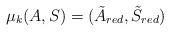
LaTeX: \begin{align*}\mu_k(A,S)=(\tilde A_{red},\tilde S_{red})\end{align*}